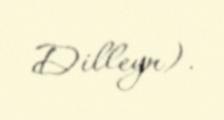
Dilleyn).